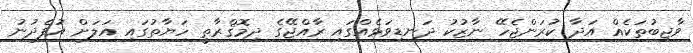
ވާޖިބުތަކެއް އަދާ ކުރަންޖެހޭ ނާޒުކު ދަނޑިވަޅެއްގައި ރާއްޖޭގެ ދިމޮޤްރާތީ ހަޔާތުގައި އަލަށް އުފެދުނު